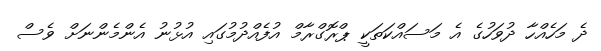
ދެ މަހެއްހާ ދުވަހުގެ އެ މަސައްކަތަކީ ޕްރޮގްރާމް އުފެއްދުމުގައި އުޅުނު އެންމެންނަށް ވެސް